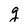
Character: g